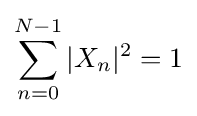
\sum _{n=0}^{N-1}|X_{n}|^{2}=1